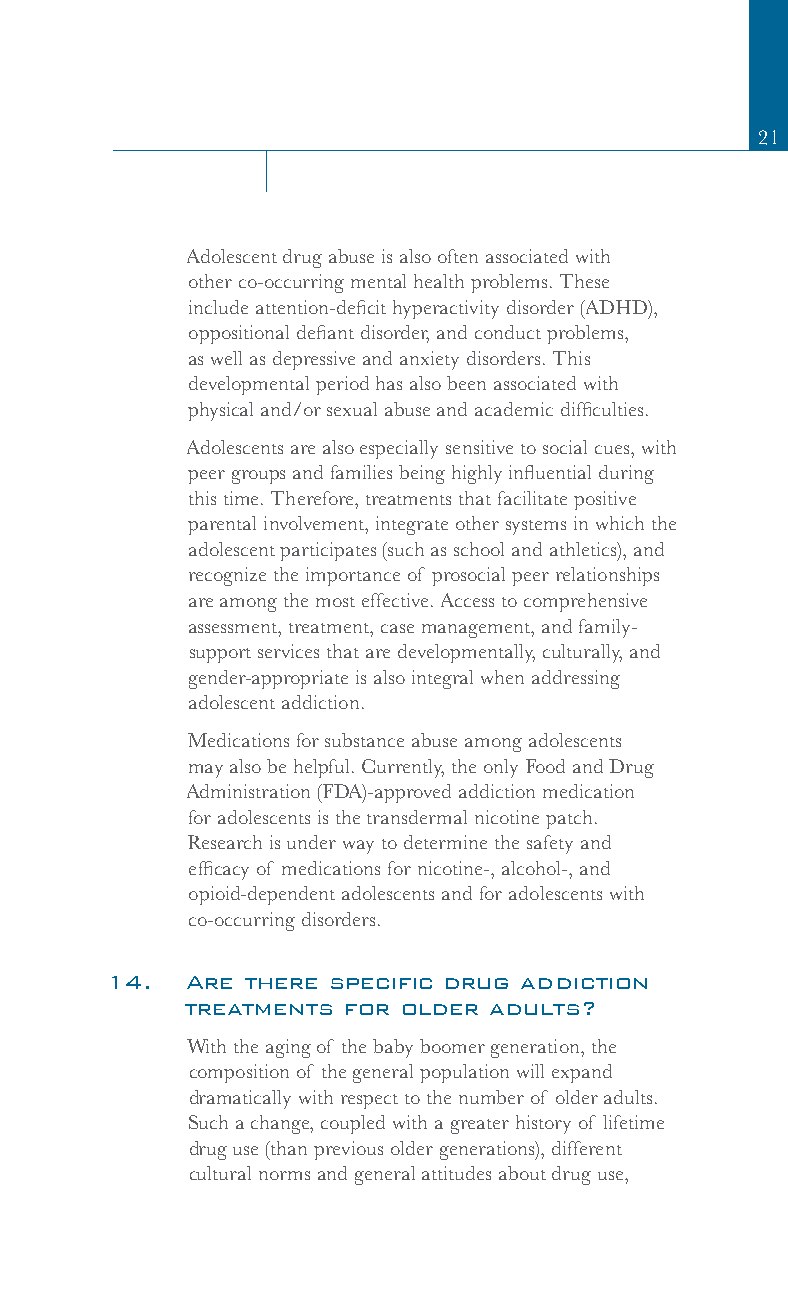
21
 Adolescent drug abuse is also often associated with
 other co-occurring mental health problems. These
 include attention-deficit hyperactivity disorder (ADHD),
 oppositional defiant disorder, and conduct problems,
 as well as depressive and anxiety disorders. This
 developmental period has also been associated with
 physical and/or sexual abuse and academic difficulties.
 Adolescents are also especially sensitive to social cues, with
 peer groups and families being highly influential during
 this time. Therefore, treatments that facilitate positive
 parental involvement, integrate other systems in which the
 adolescent participates (such as school and athletics), and
 recognize the importance of prosocial peer relationships
 are among the most effective. Access to comprehensive
 assessment, treatment, case management, and family-
 support services that are developmentally, culturally, and
 gender-appropriate is also integral when addressing
 adolescent addiction.
 Medications for substance abuse among adolescents
 may also be helpful. Currently, the only Food and Drug
 Administration (FDA)-approved addiction medication
 for adolescents is the transdermal nicotine patch.
 Research is under way to determine the safety and
 efficacy of medications for nicotine-, alcohol-, and
 opioid-dependent adolescents and for adolescents with
 co-occurring disorders.
 14.  Are there specific drug addiction
 treatments for older adults?
 With the aging of the baby boomer generation, the
 composition of the general population will expand
 dramatically with respect to the number of older adults.
 Such a change, coupled with a greater history of lifetime
 drug use (than previous older generations), different
 cultural norms and general attitudes about drug use,